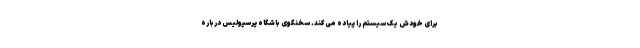
برای خودش یک سیستم را پیاده می‌کند. سخنگوی باشگاه پرسپولیس درباره